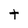
Character: t